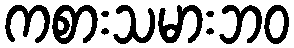
ကစားသမားဘဝ